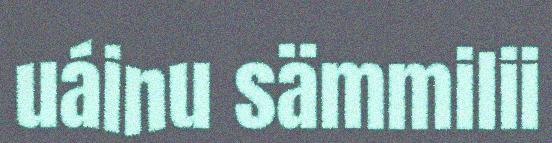
uáinu sämmilii